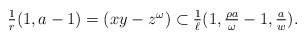
\begin{align*}\textstyle\frac{1}{r}(1,a-1) = (xy - z^\omega)\subset\frac{1}{\ell}(1,\frac{\rho a}{\omega} - 1,\frac{a}{w}).\end{align*}